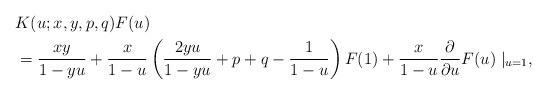
LaTeX: \begin{align*}&K(u;x,y,p,q)F(u)\\&=\frac{xy}{1-yu}+\frac{x}{1-u}\left(\frac{2yu}{1-yu}+p+q-\frac{1}{1-u}\right)F(1)+\frac{x}{1-u}\frac{\partial}{\partial u}F(u)\mid_{u=1},\end{align*}